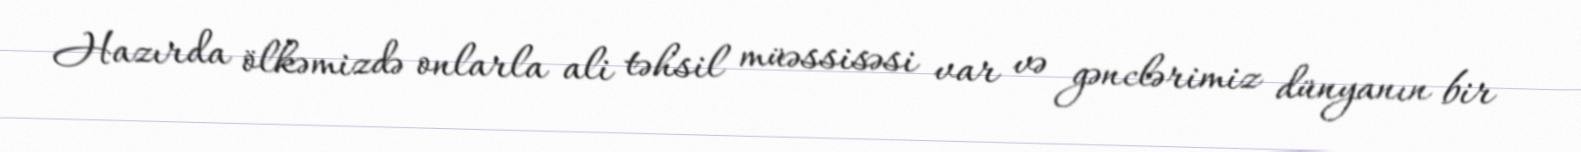
Hazırda ölkəmizdə onlarla ali təhsil müəssisəsi var və gənclərimiz dünyanın bir